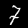
Label: 7